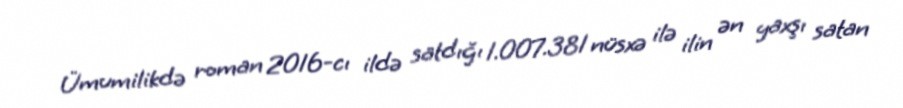
Ümumilikdə roman 2016-cı ildə satdığı 1.007.381 nüsxə ilə ilin ən yaxşı satan